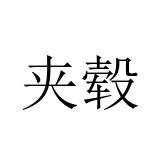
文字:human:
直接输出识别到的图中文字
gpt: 夹毂